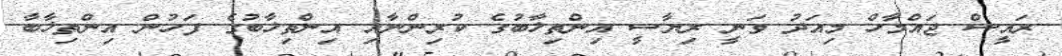
ރައީސް ޖައްމާހް މިއަދު ވަނީ ރިޔާސީ އިންތިޚާބުގެ ކުރިންނާއި އިންތިޚާބުގެ ފަހުން އިންތިޚާބާ